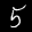
Label: 5